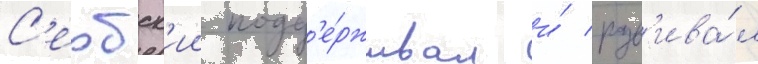
С'ербск'ии подд'е́рживал и́ разв'ива́л